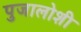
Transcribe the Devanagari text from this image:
पुजालोशी